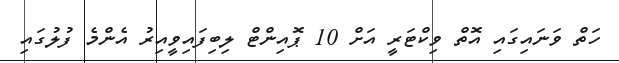
ހަތް ވަނައިގައި އޮތް ވިކްޓަރީ އަށް 10 ޕޮއިންޓް ލިބިފައިވީއިރު އެންމެ ފުލުގައި